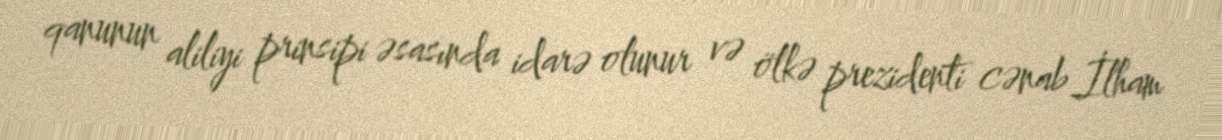
qanunun aliliyi prinsipi əsasında idarə olunur və ölkə prezidenti cənab İlham